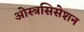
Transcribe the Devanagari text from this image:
ओस्त्रसिसेशन